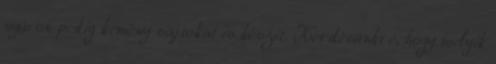
nyáron pedig kemény sajtokat is készít. Kérdésünkre, hogy melyik